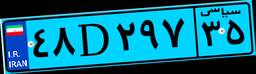
۴۸D۲۹۷۳۵